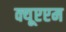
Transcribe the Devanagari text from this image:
क्यूएएम